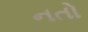
નતો